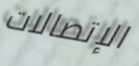
الإتصالات